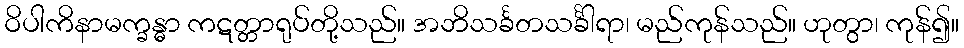
ဝိပါကိနာမက္ခန္ဓာ ကဋတ္တာရုပ်တို့သည်။ အဘိသင်္ခတသင်္ခါရာ၊ မည်ကုန်သည်။ ဟုတွာ၊ ကုန်၍။